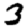
Digit: 3